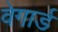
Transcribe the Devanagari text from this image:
वेगार्ड